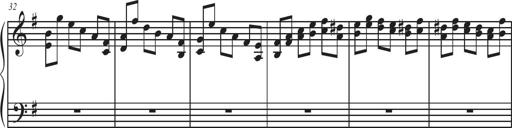
Title: Sonatina Espania
Composer: Jerald Franklin Archer
Key: Various